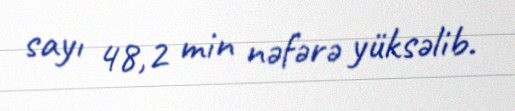
sayı 48,2 min nəfərə yüksəlib.